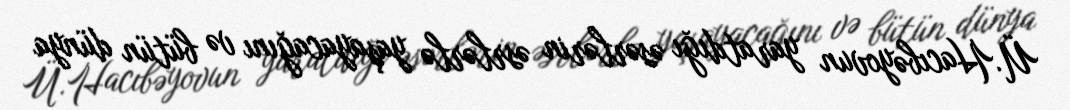
Ü.Hacıbəyovun yaratdığı əsərlərin əsrlərlə yaşayacağını və bütün dünya